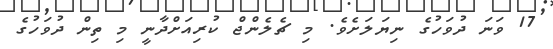
17 ވަނަ ދުވަހުގެ ނިޔަލަށެވެ. މި ޗެލެންޖް ކުރިއަށްދާނީ މި ތިން ދުވަހުގެ